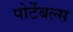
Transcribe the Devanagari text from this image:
पोर्टेबल्स